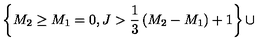
\left\{ M _ { 2 } \ge M _ { 1 } = 0 , J > { \frac { 1 } { 3 } } \left( M _ { 2 } - M _ { 1 } \right) + 1 \right\} \cup